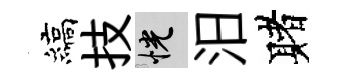
縞技恍汨赌